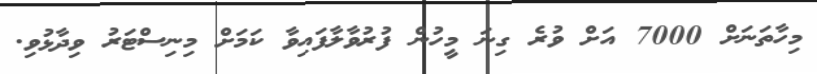
މިހާތަނަށް 7000 އަށް ވުރެ ގިނަ މީހުން ފުރުވާލާފައިވާ ކަމަށް މިނިސްޓަރު ވިދާޅުވި.